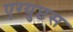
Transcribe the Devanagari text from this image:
एग्युप्टस